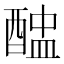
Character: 𨡵